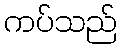
ကပ်သည်